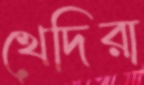
খেদিরা